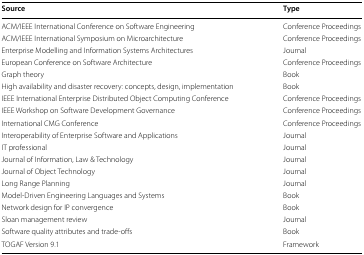
| Source | Type |
 | --- | --- |
 | ACM/IEEE International Conference on Software Engineering | Conference Proceedings |
 | ACM/IEEE International Symposium on Microarchitecture | Conference Proceedings |
 | Enterprise Modelling and Information Systems Architectures | Journal |
 | European Conference on Software Architecture | Conference Proceedings |
 | Graph theory | Book |
 | High availability and disaster recovery: concepts, design, implementation | Book |
 | IEEE International Enterprise Distributed Object Computing Conference | Conference Proceedings |
 | IEEE Workshop on Software Development Governance | Conference Proceedings |
 | International CMG Conference | Conference Proceedings |
 | Interoperability of Enterprise Software and Applications | Journal |
 | IT professional | Journal |
 | Journal of Information, Law & Technology | Journal |
 | Journal of Object Technology | Journal |
 | Long Range Planning | Journal |
 | Model-Driven Engineering Languages and Systems | Book |
 | Network design for IP convergence | Book |
 | Sloan management review | Journal |
 | Software quality attributes and trade-offs | Book |
 | TOGAF Version 9.1 | Framework |